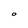
Character: O